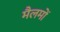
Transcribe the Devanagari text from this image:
मैलमों